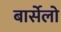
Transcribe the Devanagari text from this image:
बार्सेलो